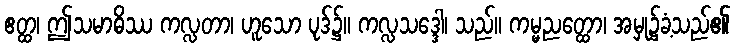
ဧတ္ထ၊ ဤသမာဓိဿ ကလ္လတာ၊ ဟူသော ပုဒ်၌။ ကလ္လသဒ္ဒေါ၊ သည်။ ကမ္မညတ္ထော၊ အမှု၌ခံ့သည်၏